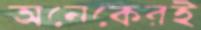
অনেকেরই